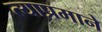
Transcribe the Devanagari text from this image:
त्याप्रमाने